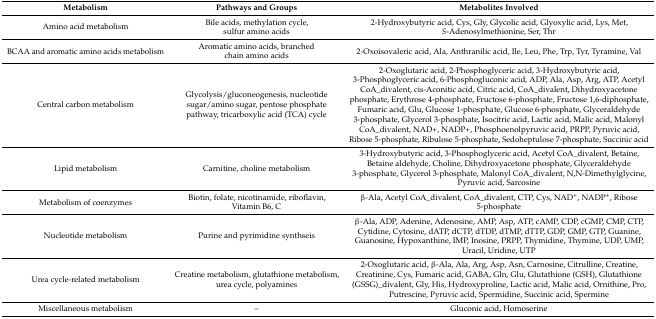
<table><thead><tr><td><b>Metabolism</b></td><td><b>Pathways and Groups</b></td><td><b>Metabolites Involved</b></td></tr></thead><tbody><tr><td>Amino acid metabolism</td><td>Bile acids, methylation cycle, sulfur amino acids</td><td>2-Hydroxybutyric acid, Cys, Gly, Glycolic acid, Glyoxylic acid, Lys, Met, <i>S</i>-Adenosylmethionine, Ser, Thr</td></tr><tr><td>BCAA and aromatic amino acids metabolism</td><td>Aromatic amino acids, branched chain amino acids </td><td>2-Oxoisovaleric acid, Ala, Anthranilic acid, Ile, Leu, Phe, Trp, Tyr, Tyramine, Val</td></tr><tr><td>Central carbon metabolism</td><td>Glycolysis/gluconeogenesis, nucleotide sugar/amino sugar, pentose phosphate pathway, tricarboxylic acid (TCA) cycle</td><td>2-Oxoglutaric acid, 2-Phosphoglyceric acid, 3-Hydroxybutyric acid, 3-Phosphoglyceric acid, 6-Phosphogluconic acid, ADP, Ala, Asp, Arg, ATP, Acetyl CoA_divalent, cis-Aconitic acid, Citric acid, CoA_divalent, Dihydroxyacetone phosphate, Erythrose 4-phosphate, Fructose 6-phosphate, Fructose 1,6-diphosphate, Fumaric acid, Glu, Glucose 1-phosphate, Glucose 6-phosphate, Glyceraldehyde 3-phosphate, Glycerol 3-phosphate, Isocitric acid, Lactic acid, Malic acid, Malonyl CoA_divalent, NAD+, NADP+, Phosphoenolpyruvic acid, PRPP, Pyruvic acid, Ribose 5-phosphate, Ribulose 5-phosphate, Sedoheptulose 7-phosphate, Succinic acid </td></tr><tr><td>Lipid metabolism</td><td>Carnitine, choline metabolism</td><td>3-Hydroxybutyric acid, 3-Phosphoglyceric acid, Acetyl CoA_divalent, Betaine, Betaine aldehyde, Choline, Dihydroxyacetone phosphate, Glyceraldehyde 3-phosphate, Glycerol 3-phosphate, Malonyl CoA_divalent, N,N-Dimethylglycine, Pyruvic acid, Sarcosine</td></tr><tr><td>Metabolism of coenzymes</td><td>Biotin, folate, nicotinamide, riboflavin, Vitamin B6, C</td><td>β-Ala, Acetyl CoA_divalent, CoA_divalent, CTP, Cys, NAD<sup>+</sup>, NADP<sup>+</sup>, Ribose 5-phosphate </td></tr><tr><td>Nucleotide metabolism</td><td>Purine and pyrimidine synthseis</td><td>β-Ala, ADP, Adenine, Adenosine, AMP, Asp, ATP, cAMP, CDP, cGMP, CMP, CTP, Cytidine, Cytosine, dATP, dCTP, dTDP, dTMP, dTTP, GDP, GMP, GTP, Guanine, Guanosine, Hypoxanthine, IMP, Inosine, PRPP, Thymidine, Thymine, UDP, UMP, Uracil, Uridine, UTP </td></tr><tr><td>Urea cycle-related metabolism</td><td>Creatine metabolism, glutathione metabolism, urea cycle, polyamines</td><td>2-Oxoglutaric acid, β-Ala, Ala, Arg, Asp, Asn, Carnosine, Citrulline, Creatine, Creatinine, Cys, Fumaric acid, GABA, Gln, Glu, Glutathione (GSH), Glutathione (GSSG)_divalent, Gly, His, Hydroxyproline, Lactic acid, Malic acid, Ornithine, Pro, Putrescine, Pyruvic acid, Spermidine, Succinic acid, Spermine</td></tr><tr><td>Miscellaneous metabolism</td><td>–</td><td>Gluconic acid, Homoserine </td></tr></tbody></table>